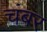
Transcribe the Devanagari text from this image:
चंबर